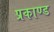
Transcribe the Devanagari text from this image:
प्रकाण्‍ड